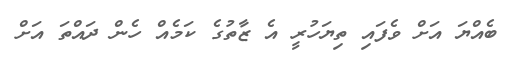
ބެއްޔަ އަށް ވެފައި ތިޔަހުރީ އެ ޒާތުގެ ކަމެއް ހެން ދައްތަ އަށް